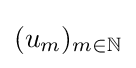
(u_{m})_{m\in \mathbb {N} }